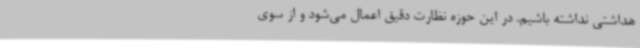
هداشتی نداشته باشیم. در این حوزه نظارت دقیق اعمال می‌شود و از سوی